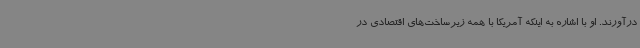
درآورند. او با اشاره به اینکه آمریکا با همه زیرساخت‌های اقتصادی در